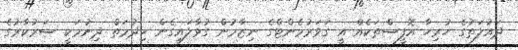
ދައުލަތުގެ ހުރިހާ އޮފީސްތަކެއް އީ ގަވަރުމެންޓްގެ ނިޒާމުން ގުޅާލައިގެން ހިދުމަތް ދިނުމަކީ ސަރުކާރުގެ